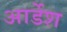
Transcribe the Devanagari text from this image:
आर्डेश